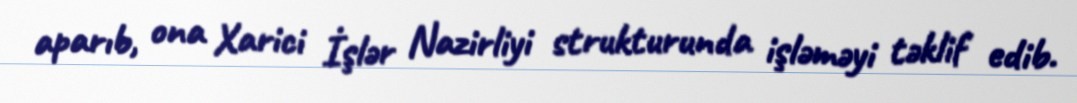
aparıb, ona Xarici İşlər Nazirliyi strukturunda işləməyi təklif edib.